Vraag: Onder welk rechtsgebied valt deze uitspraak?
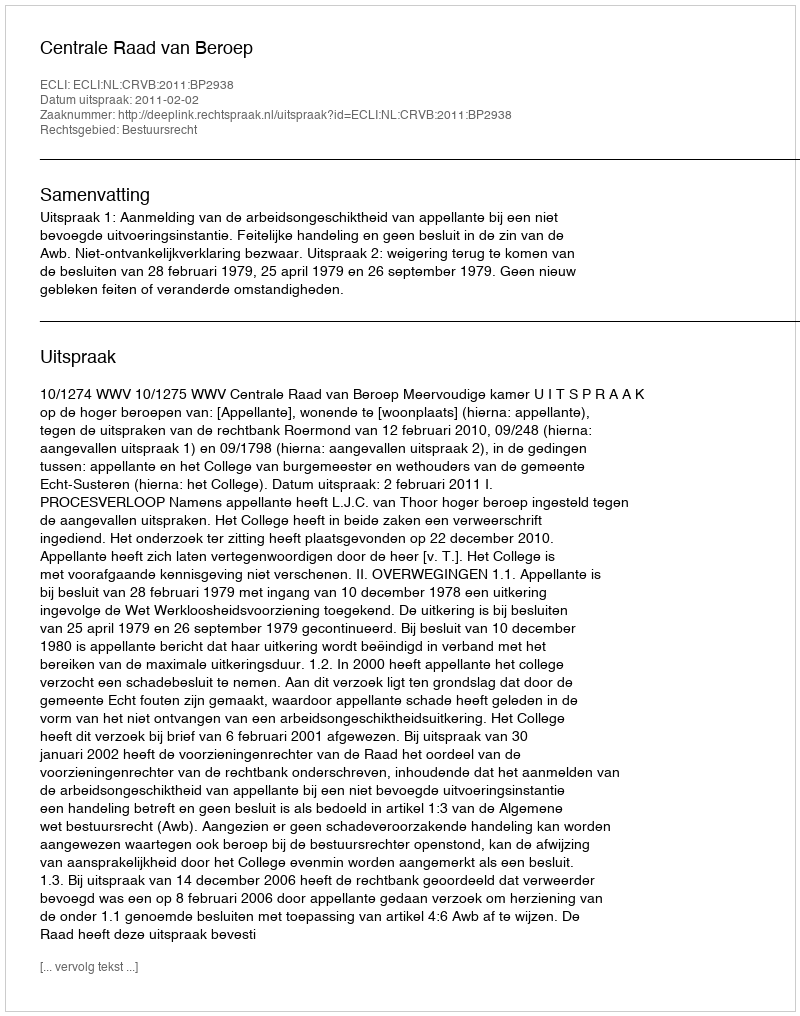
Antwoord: Bestuursrecht